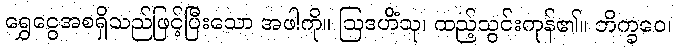
ရွှေငွေအစရှိသည်ဖြင့်ပြီးသော အဖါကို။ ဩဒဟိံသု၊ ထည့်သွင်းကုန်၏။ ဘိက္ခဝေ၊